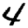
Digit: 4